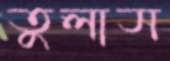
তুলাস